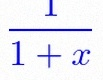
\frac{1}{1+x}